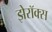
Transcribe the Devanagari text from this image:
झेरॉक्‍स